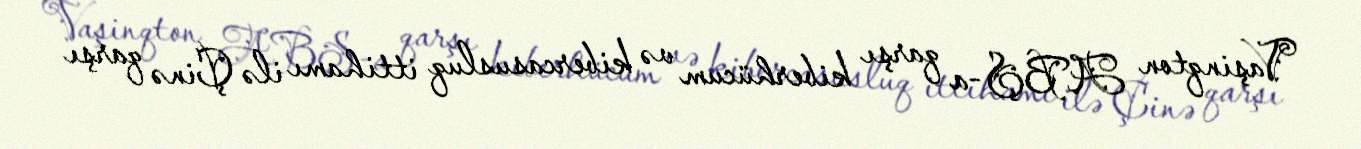
Vaşinqton ABŞ-a qarşı kiberhücum və kibercasusluq ittihamı ilə Çinə qarşı